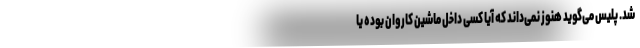
شد. پلیس می‌گوید هنوز نمی‌داند که آیا کسی داخل ماشین کاروان بوده یا